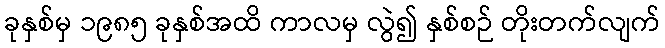
ခုနှစ်မှ ၁၉၈၅ ခုနှစ်အထိ ကာလမှ လွဲ၍ နှစ်စဉ် တိုးတက်လျက်